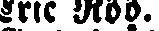
Eric Röö.